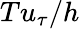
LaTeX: Tu_{\tau}/h